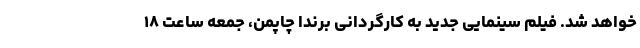
خواهد شد. فیلم سینمایی جدید به کارگردانی برندا چاپمن، جمعه ساعت ۱۸